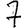
Digit: 7